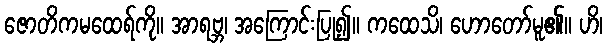
ဇောတိကမထေရ်ကို။ အာရဗ္ဘ၊ အကြောင်းပြု၍။ ကထေသိ၊ ဟောတော်မူ၏။ ဟိ၊